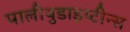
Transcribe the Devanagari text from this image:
पालीयुडाइप्टीन्स